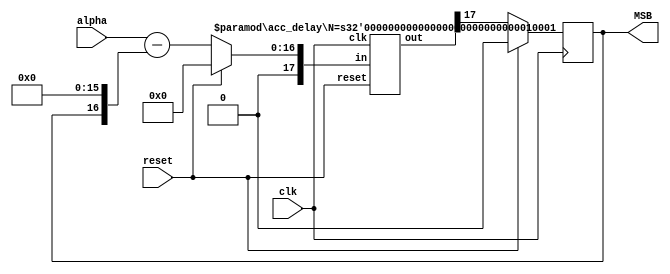
module dsm_3(alpha, reset, MSB, clk);
    input [15:0] alpha; //m-1
    input clk, reset;
    output reg MSB;

    wire signed [16:0] vdiff1;  //m 
    wire signed [17:0] vint1; //m+1
    wire signed [16:0] fb; //m 
    
    //diff 1: vdiff1 = alpha - MSB
    assign vdiff1 =  reset ? 17'b0 : ({1'b0, alpha} - fb);  //m+1

    //accum a1 ({1'b0, vdiff1}, vint1, clk, reset);
    acc_delay #(17) a1 (clk, reset, {1'b0, vdiff1}, vint1);   

    always @(posedge clk) 
    if (reset)
    begin
      MSB <= 1'b0;
    end
    else
    begin
       MSB <= vint1[17]; 
    end

    assign fb = {MSB,{(16){1'b0}}};

endmodule

module acc_delay #(parameter N=4) ( //N=4
  input clk, reset,
  input signed [N:0] in,
  output reg signed [N:0] out
);
  reg signed [N:0] reg_out = 0;
  always @(posedge clk) begin
    if (reset) begin
      reg_out <= 0;
      out <= 0;
    end
    else begin
      out <= in + reg_out;
      reg_out <= out;
    end
  end
endmodule

/*      
module accum (in, acc, clk, reset);
input [4:0] in;
input clk, reset;
output [4:0] acc;
reg [4:0] acc;

always@(clk) begin
if(reset)
acc <= 5'b0;
else
acc <= acc + in;
end
endmodule
*/